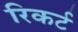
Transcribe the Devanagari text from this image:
रिकर्ट